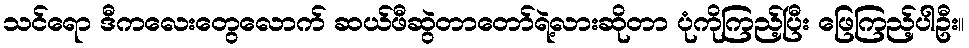
သင်ရော ဒီကလေးတွေလောက် ဆယ်ဖီဆွဲတာတော်ရဲ့လားဆိုတာ ပုံကိုကြည့်ပြီး ဖြေကြည့်ပါဦး။